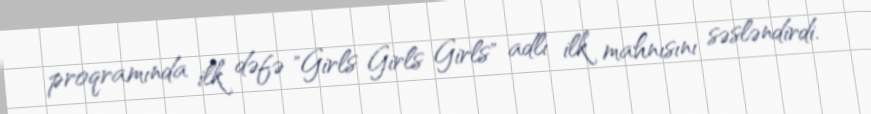
proqramında ilk dəfə "Girls Girls Girls" adlı ilk mahnısını səsləndirdi.